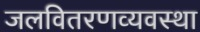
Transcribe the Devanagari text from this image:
जलवितरणव्यवस्था